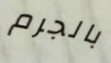
بالجرم